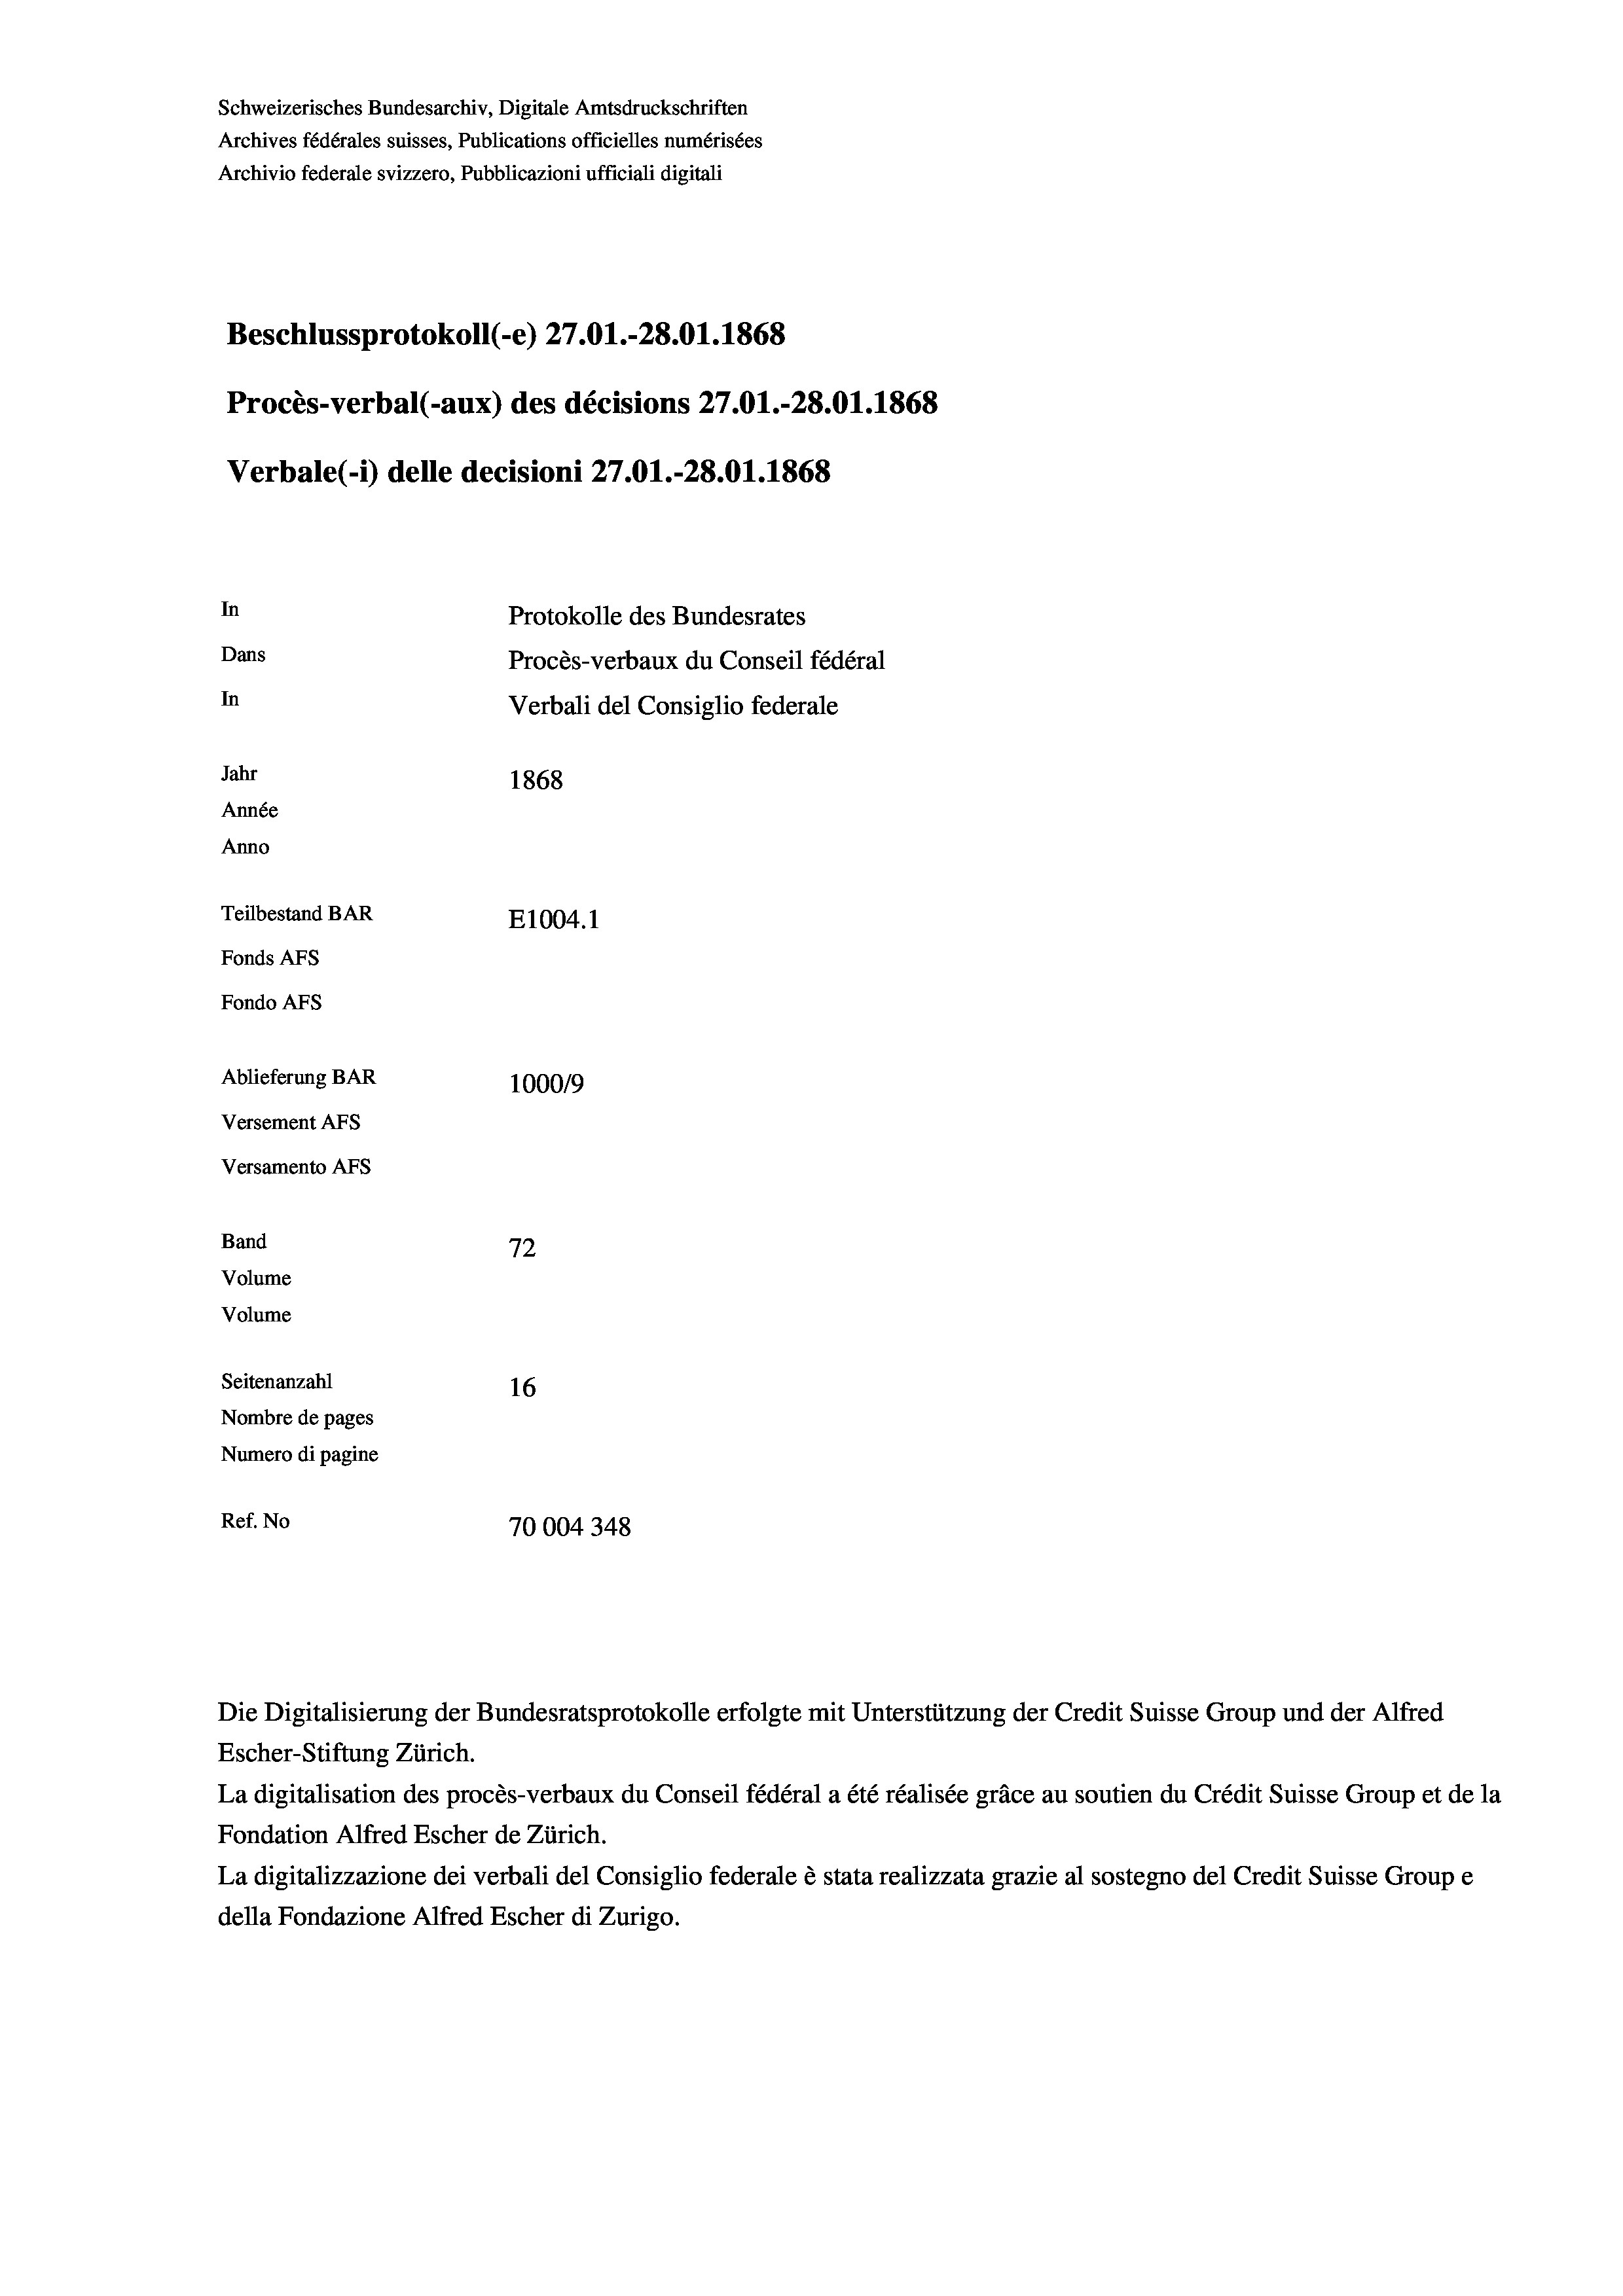
Schweizerisches Bundesarchiv, Digitale Amtsdruckschriften
Archives fédérales suisses, Publications officielles numérisées
Archivio federale svizzero, Pubblicazioni ufficiali digitali
Beschlussprotokoll (-e) 27.01.-28.01. 1868
Procès-verbal (-aux) des décisions 27.01.-28.01. 1868
Verbale(-*) delle decisioni 27.O1.-28.01. 1868
In
Protokolle des Bundesrates
Dans
Procès-verbaux du Conseil fédéral
In
Verbali del Consiglio federale
Jahr
1868
Année
Anno
Teilbestand BAR
E1004. 1
Fonds AFs
Fondo Afs

Ablieferung BAR
Versement AFs
Versamento AFs
Band
Volume
Volume
Seitenanzahl

100019
72
16
Nombre de pages
Numero di pagine
Ref. No
70004348

Die Digitalisierung der Bundesratsprotokolle erfolgte mit Unterstützung der Credit Suisse Group und der Alfred
Escher-Stiftung Zürich.
La digitalisation des procès-verbaux du Conseil fédéral a été réalisée gräce au soutien du Crédit Suisse Group et de la
Fondation Alfred Escher de Zürich.
La digitalizzazione dei verbali del Consiglio federale è stata realizzata grazie al sostegno del Credit Suisse Groupe
della Fondazione Alfred Escher di Zurigo.